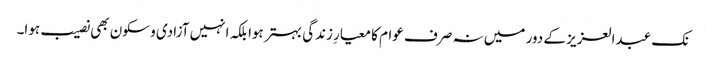
نک عبدالعزیز کے دور میں نہ صرف عوام کا معیارِ زندگی بہتر ہوا بلکہ انہیں آزادی و سکون بھی نصیب ہوا۔